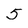
Character: 5